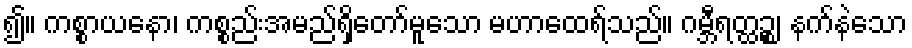
၍။ ကစ္စာယနော၊ ကစ္စည်းအမည်ရှိတော်မူသော မဟာထေရ်သည်။ ဂမ္ဘီရတ္ထဉ္စ၊ နက်နဲသော